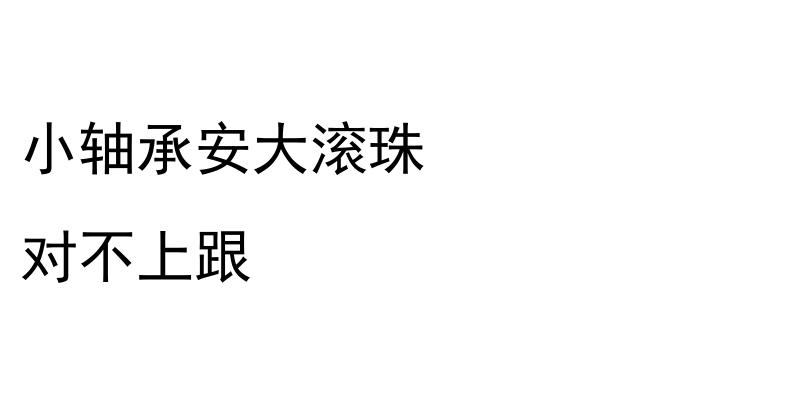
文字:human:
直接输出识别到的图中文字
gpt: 小轴承安大滚珠 对不上跟